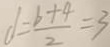
d = \frac { b + 4 } { 2 } = 3